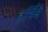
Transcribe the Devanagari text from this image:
हर्मिने